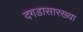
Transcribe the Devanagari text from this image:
दगडासारख्या